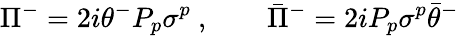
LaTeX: \Pi^{-}=2i\theta^{-}P_{p}\sigma^{p}\ ,\qquad\bar{\Pi}^{-}=2iP_{p}\sigma^{p}\bar{\theta}^{-}